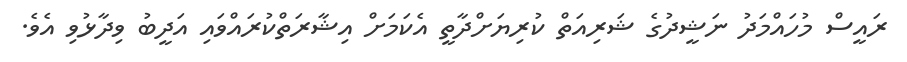
ރައީސް މުހައްމަދު ނަޝީދުގެ ޝަރިއަތް ކުރިޔަށްދާތީ އެކަމަށް އިޝާރަތްކުރައްވައި އަދީބު ވިދާޅުވި އެވެ.